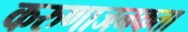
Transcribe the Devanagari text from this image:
करुणाजनकता